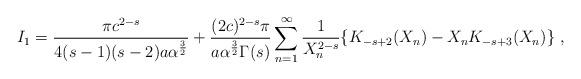
LaTeX: \begin{align*}I_1 = {\pi c^{2 - s} \over 4 (s-1)(s-2) a \alpha^{3 \over 2} } +{(2c)^{2 - s} \pi \over a\alpha^{3 \over 2}\Gamma (s)}\sum_{n=1}^{\infty} \frac{1}{X_n^{2 - s}} \{ K_{- s + 2}(X_n) - X_n K_{- s + 3}(X_n)\}\ ,\end{align*}